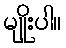
မျိုးပါ။